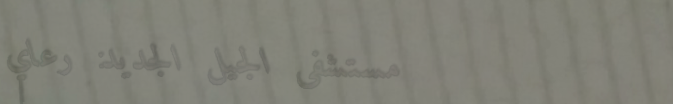
مستشفى الجيل الجديد: رعاي